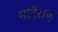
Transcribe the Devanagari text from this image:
मदिराजु